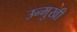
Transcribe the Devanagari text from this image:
उन्‍मुखी